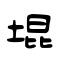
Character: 堒